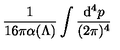
\frac { 1 } { 1 6 \pi \alpha ( \Lambda ) } \int { \frac { \mathrm { d } ^ { 4 } p } { ( 2 \pi ) ^ { 4 } } }